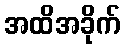
အထိအခိုက်